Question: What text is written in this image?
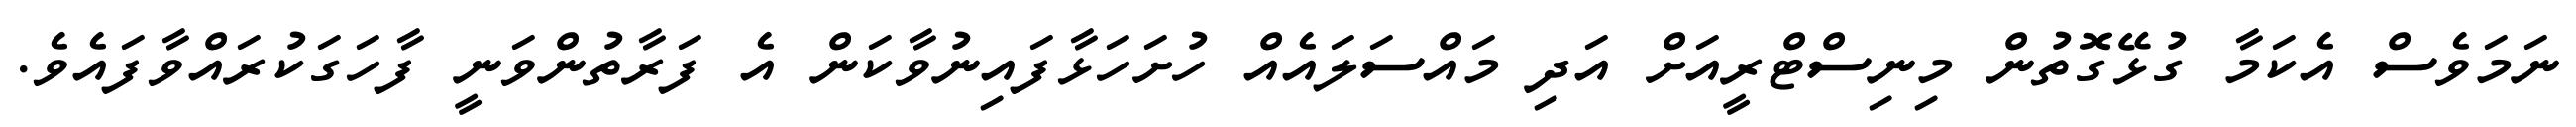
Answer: ނަމަވެސް އެކަމާ ގުޅޭގޮތުން މިނިސްޓްރީއަށް އަދި މައްސަލައެއް ހުށަހަޅާފައިނުވާކަން އެ ފަރާތުންވަނީ ފާހަގަކުރައްވާފައެވެ.